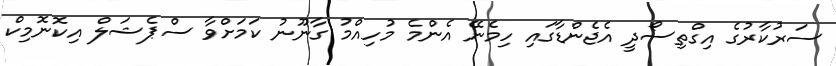
ސަރުކާރުގެ އިގްތިސޯދީ އެޖެންޑާގައި ހިމެނޭ އެންމެ މުހިއްމު ގާނޫނު ކަމަށްވާ ސްޕެޝަލް އިކޮނޮމިކް